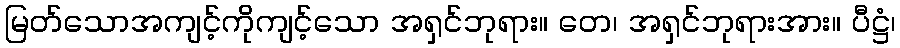
မြတ်သောအကျင့်ကိုကျင့်သော အရှင်ဘုရား။ တေ၊ အရှင်ဘုရားအား။ ပီဋ္ဌံ၊